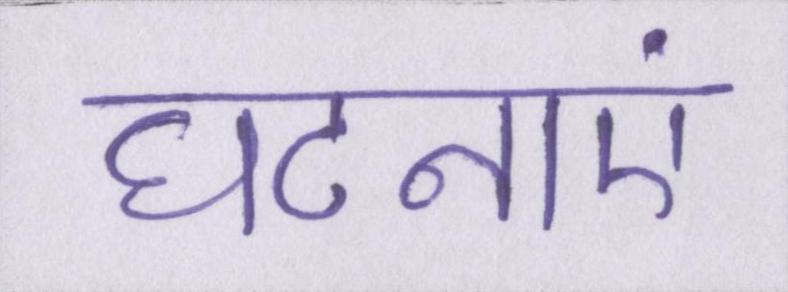
घटनाएं